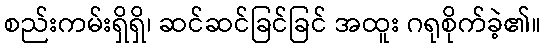
စည်းကမ်းရှိရှိ၊ ဆင်ဆင်ခြင်ခြင် အထူး ဂရုစိုက်ခဲ့၏။